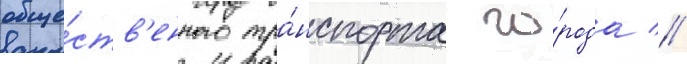
обще́ств'енного тра́нспорта го́рода //